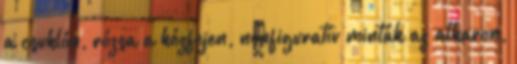
a csuklón, rózsa a kézfejen, nonfiguratív minták az alkaron,